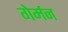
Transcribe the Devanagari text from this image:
गेर्मन